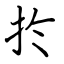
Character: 扵